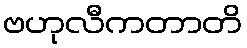
ဗဟုလီကတာတိ